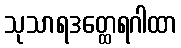
သုသာရဒတ္ထေရဂါထာ